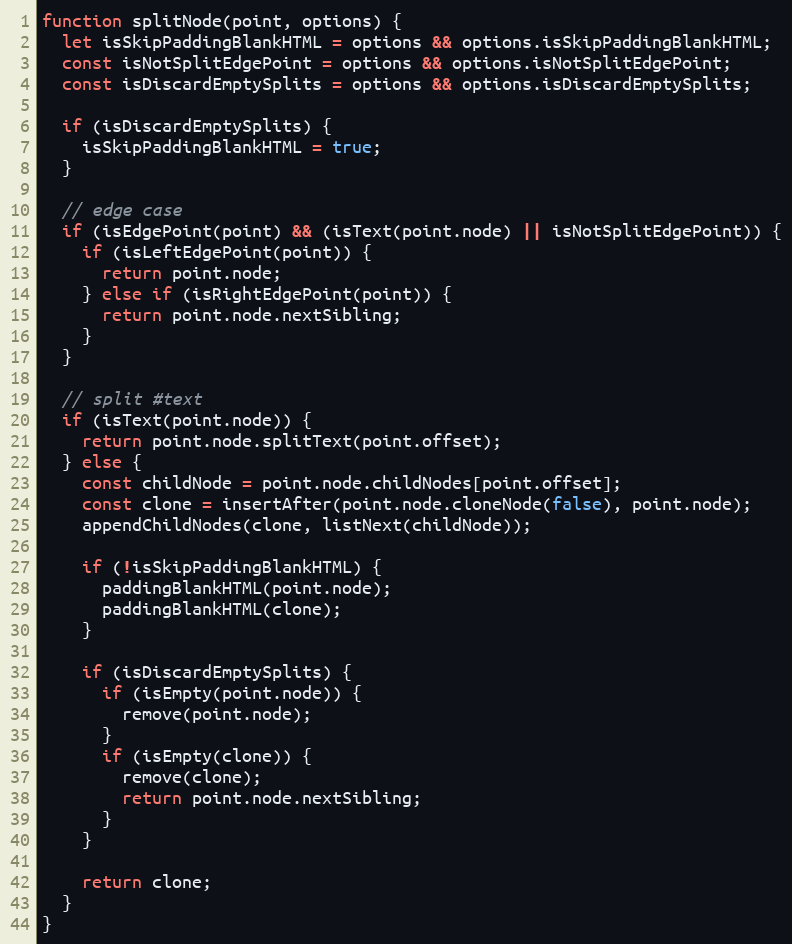
Language: JavaScript
function splitNode(point, options) {
  let isSkipPaddingBlankHTML = options && options.isSkipPaddingBlankHTML;
  const isNotSplitEdgePoint = options && options.isNotSplitEdgePoint;
  const isDiscardEmptySplits = options && options.isDiscardEmptySplits;

  if (isDiscardEmptySplits) {
    isSkipPaddingBlankHTML = true;
  }

  // edge case
  if (isEdgePoint(point) && (isText(point.node) || isNotSplitEdgePoint)) {
    if (isLeftEdgePoint(point)) {
      return point.node;
    } else if (isRightEdgePoint(point)) {
      return point.node.nextSibling;
    }
  }

  // split #text
  if (isText(point.node)) {
    return point.node.splitText(point.offset);
  } else {
    const childNode = point.node.childNodes[point.offset];
    const clone = insertAfter(point.node.cloneNode(false), point.node);
    appendChildNodes(clone, listNext(childNode));

    if (!isSkipPaddingBlankHTML) {
      paddingBlankHTML(point.node);
      paddingBlankHTML(clone);
    }

    if (isDiscardEmptySplits) {
      if (isEmpty(point.node)) {
        remove(point.node);
      }
      if (isEmpty(clone)) {
        remove(clone);
        return point.node.nextSibling;
      }
    }

    return clone;
  }
}